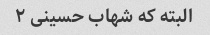
البته که شهاب حسینی ۲